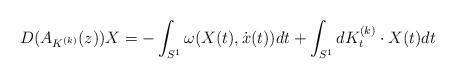
LaTeX: \begin{gather*}D(A_{K^{(k)}}(z))X=-\int_{S^1}\omega(X(t),\dot{x}(t))dt+\int_{S^1}dK_t^{(k)}\cdot X(t)dt \end{gather*}